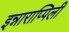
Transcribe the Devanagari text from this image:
इन्नाराप्पिली